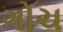
ગોચ